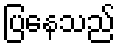
ပြနေသည်